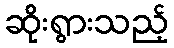
ဆိုးရွားသည့်